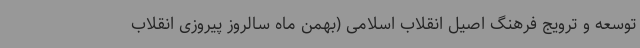
توسعه و ترویج فرهنگ اصیل انقلاب اسلامی (بهمن ماه سالروز پیروزی انقلاب